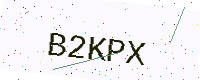
Text: B2KPX